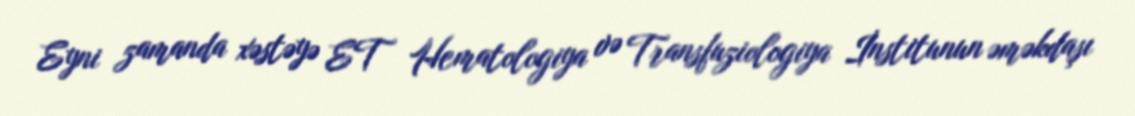
Eyni zamanda xəstəyə ET Hematologiya və Transfuziologiya İnstitunun əməkdaşı